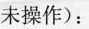
未操作)：